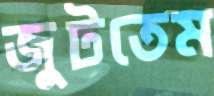
জুটতেম